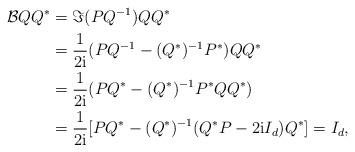
LaTeX: \begin{align*} \mathcal{B} Q Q^{*} &= \Im( P Q^{-1} ) Q Q^{*} \\ &= \frac{1}{2{\rm i}}( P Q^{-1} - (Q^{*})^{-1} P^{*} ) Q Q^{*} \\ &= \frac{1}{2{\rm i}}( P Q^{*} - (Q^{*})^{-1} P^{*} Q Q^{*} ) \\ &= \frac{1}{2{\rm i}}[ P Q^{*} - (Q^{*})^{-1} (Q^{*} P - 2{\rm i}I_{d}) Q^{*} ] = I_{d},\end{align*}